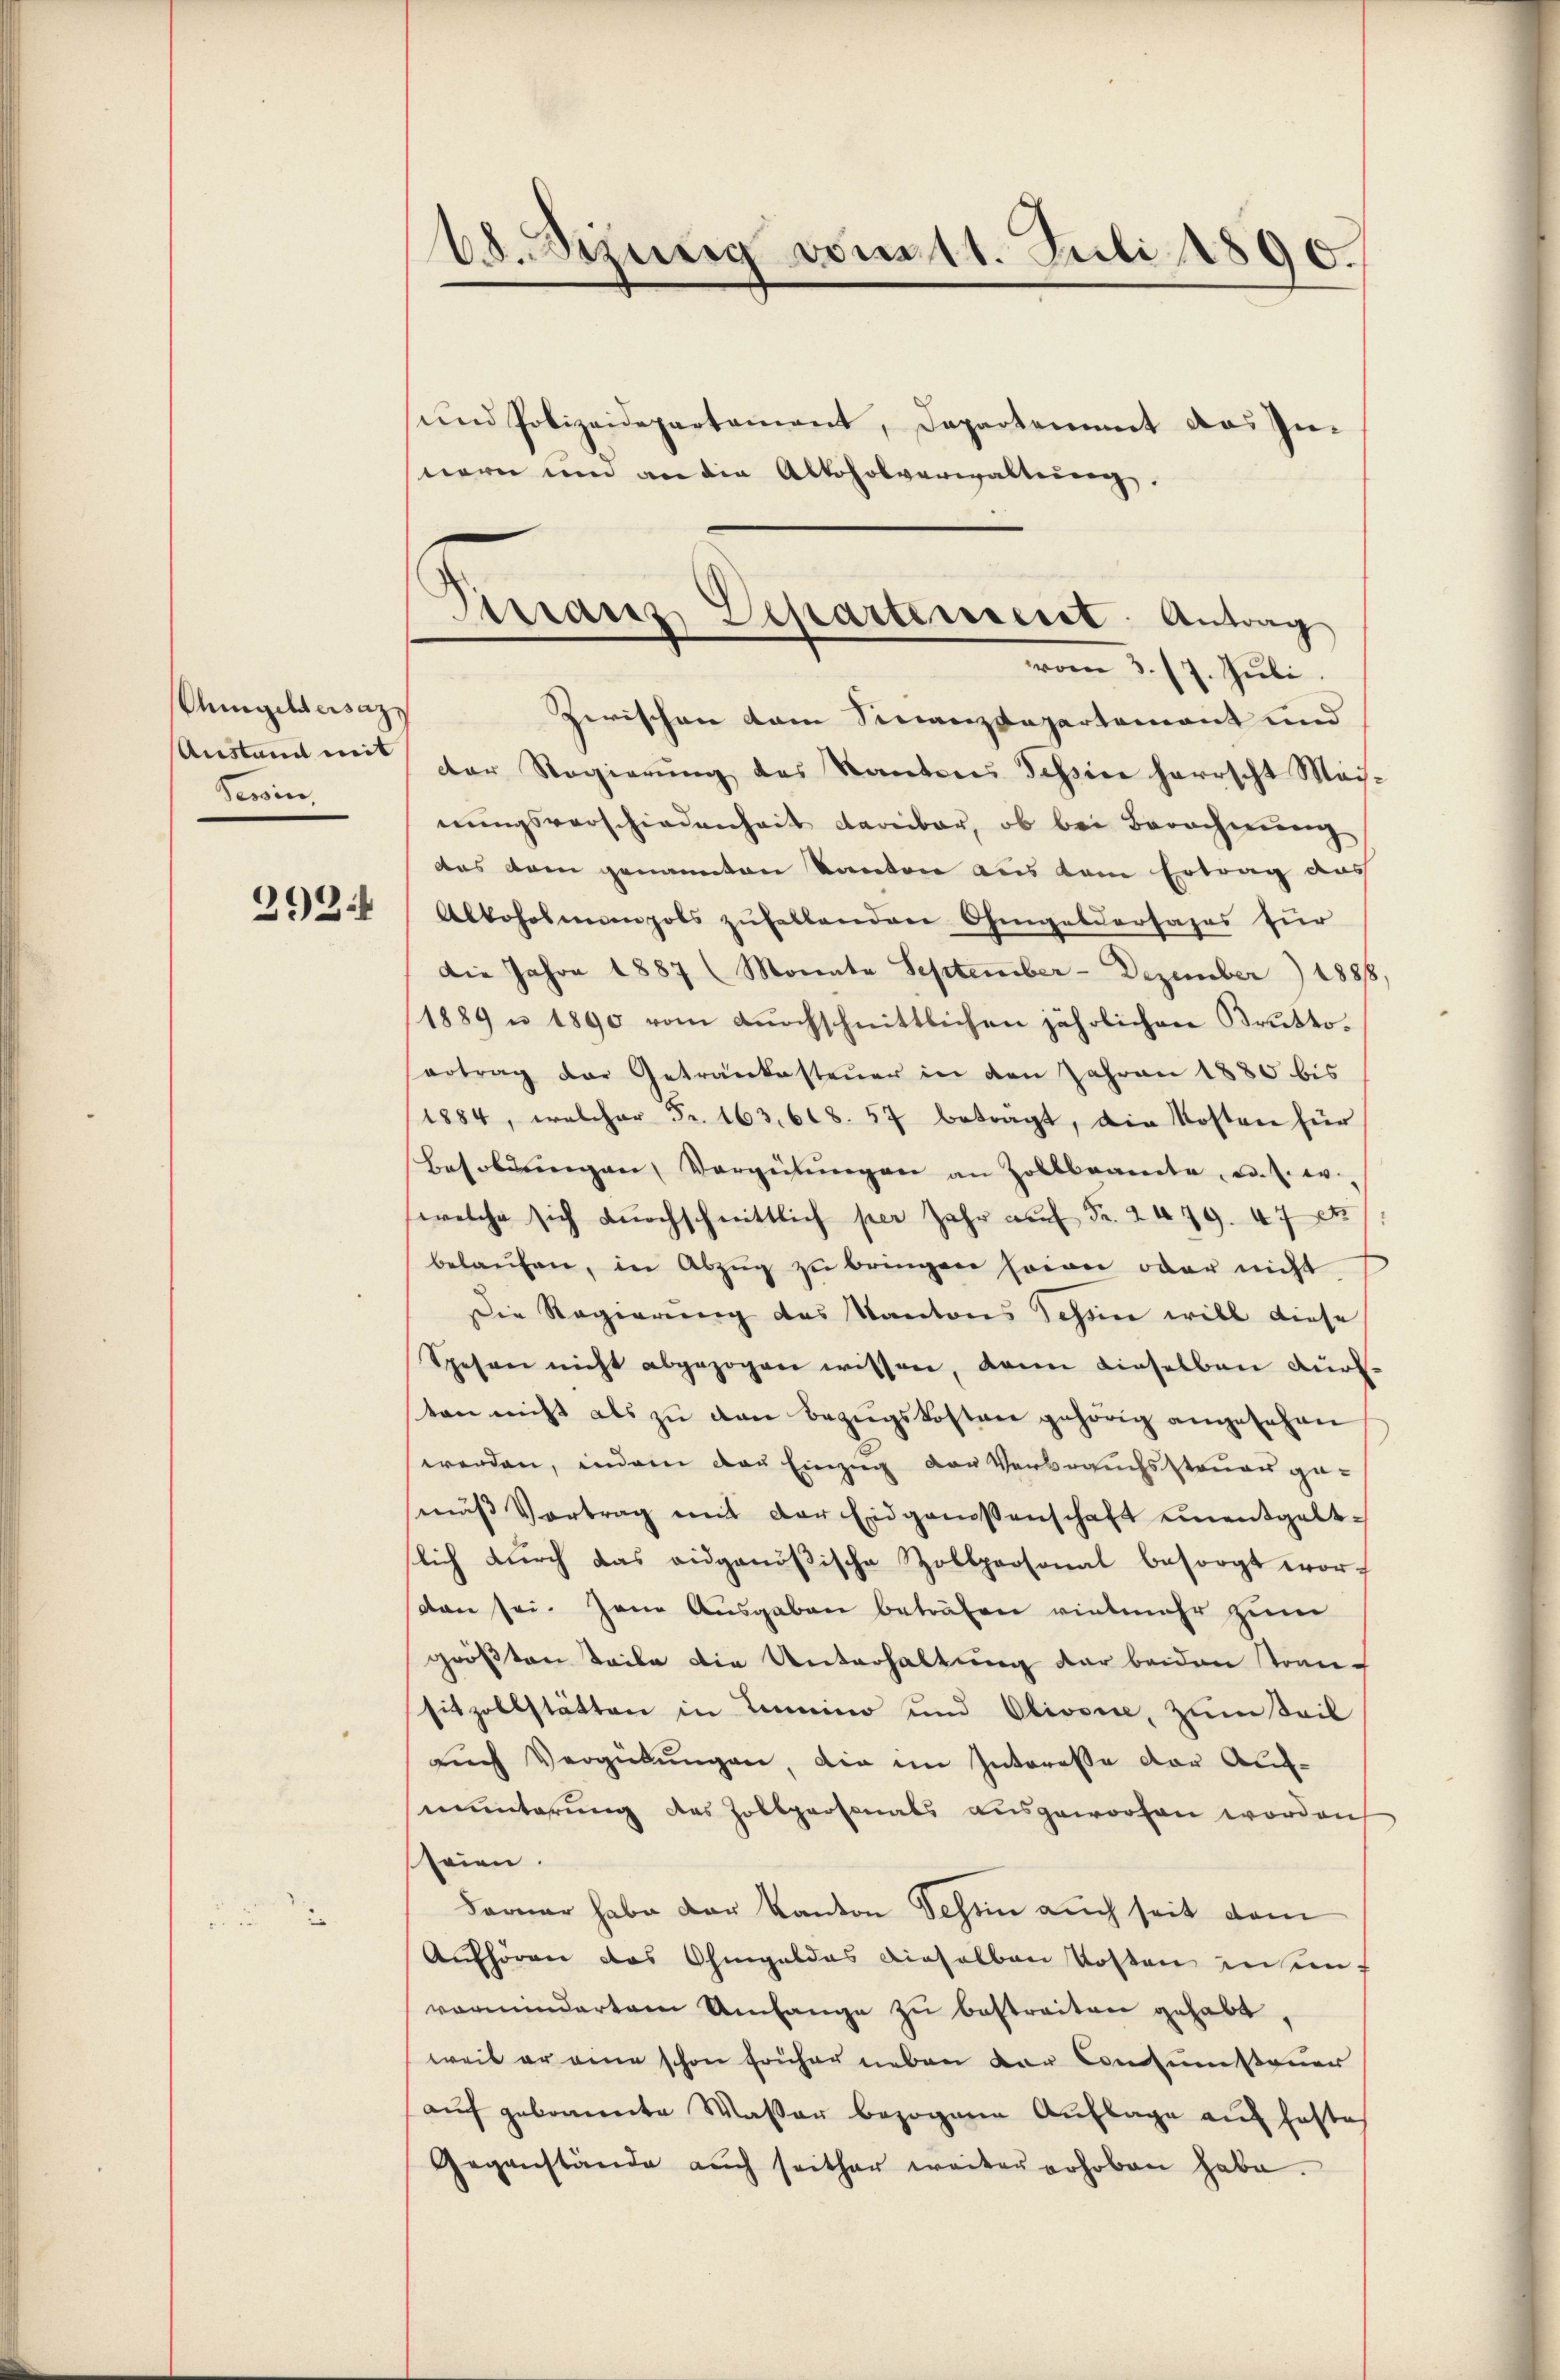
2934

Amgeldersaz
Austand mit
Sewin

18. Sezung vom 11. Juli 1890.

Zwischen vom Sinanzdepartement und
der Regierŭng des Kantons Tessin herrscht Mai-
nŭngsverschiedenheit darüber, ob bei Berechnŭng
das dem genannten Kanton aus dem Ertrag aus
Alkoholmannpols zŭhaltenden Ohmgeldersages für
Die Jahre 1887 (Monate September - Dezember 1888,
1889 u 1890 vom dŭrchschnittlichen jährlichen Brutto-
ertrag der Getränkesteuer in den Jahren 1880 bis
1884, welcher Fr. 163, 608. 57 betragt, die Kosten für
Besoldŭngen Vergütŭngen an Zollbeamte u. s. w.
welche sich dŭrchschnittlich per Jahr aŭf Fr. 2479. 478.
belaŭfen, in Abzŭg zŭ bringen seien oder nicht
Die Regierung des Kantons Schein will diese
Spesen nicht abgezogen wissen, dann dieselben Kurs-
ten nicht als zu den Bezugskosten gehörig angesehen
werden, indem das Einzug der Verbrauchssteuer gemäβ Vortrag mit der Eidgenossenschaft einentgeltlich durch das eidgenößische Zollpersonal besorgt wordan sei. Jene Ausgaben beträfen vielmehr zum
größten Teile die Unterhaltung der beiden transitzollstätten in Termino und Olivone, zŭm Seil
rŭch Vergübŭngen, die im Interesse der Aufmunterung des Zollpersonals ausgeworfen worden
seien.
Farner habe der Kanton Schein auch seit dem
Aufhören das Ohmgeldes dieselben Kosten in unvormundartem Umfange zu bestreitere gehabt
weil er eine schon früher neben der Consumsteuer
auf gebrannte Wasser bezogene Auflage auf feste
Gegenstände aŭch seither weiter erhoben habe.

sund Polizeidepartement, Departement das Innern um an die Alkoholverwaltung.

Sirranz Departement: Antrag
vom 3. 17. Juli.